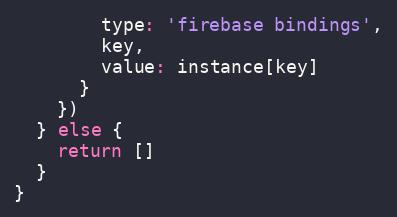
Language: JavaScript
        type: 'firebase bindings',
        key,
        value: instance[key]
      }
    })
  } else {
    return []
  }
}